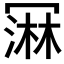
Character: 𰃲